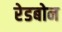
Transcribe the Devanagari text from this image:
रेडबोन